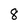
Character: 8